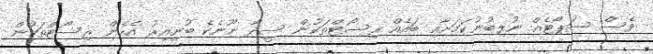
ވެސް ސަޕޯޓެއް ނުލިބުނުކަމަށާއި ބައެއް ރިސޯޓްތަކުން ސީދާ ނޫނެކެ ބުނިއިރު އެހެން ރިސޯޓްތަކުން